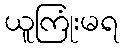
ယူကြုံးမရ